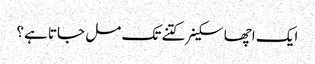
ایک اچھا سکینر کتنے تک مل جاتا ہے؟